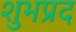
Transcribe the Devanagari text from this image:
शुभप्रद